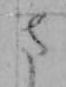
さ